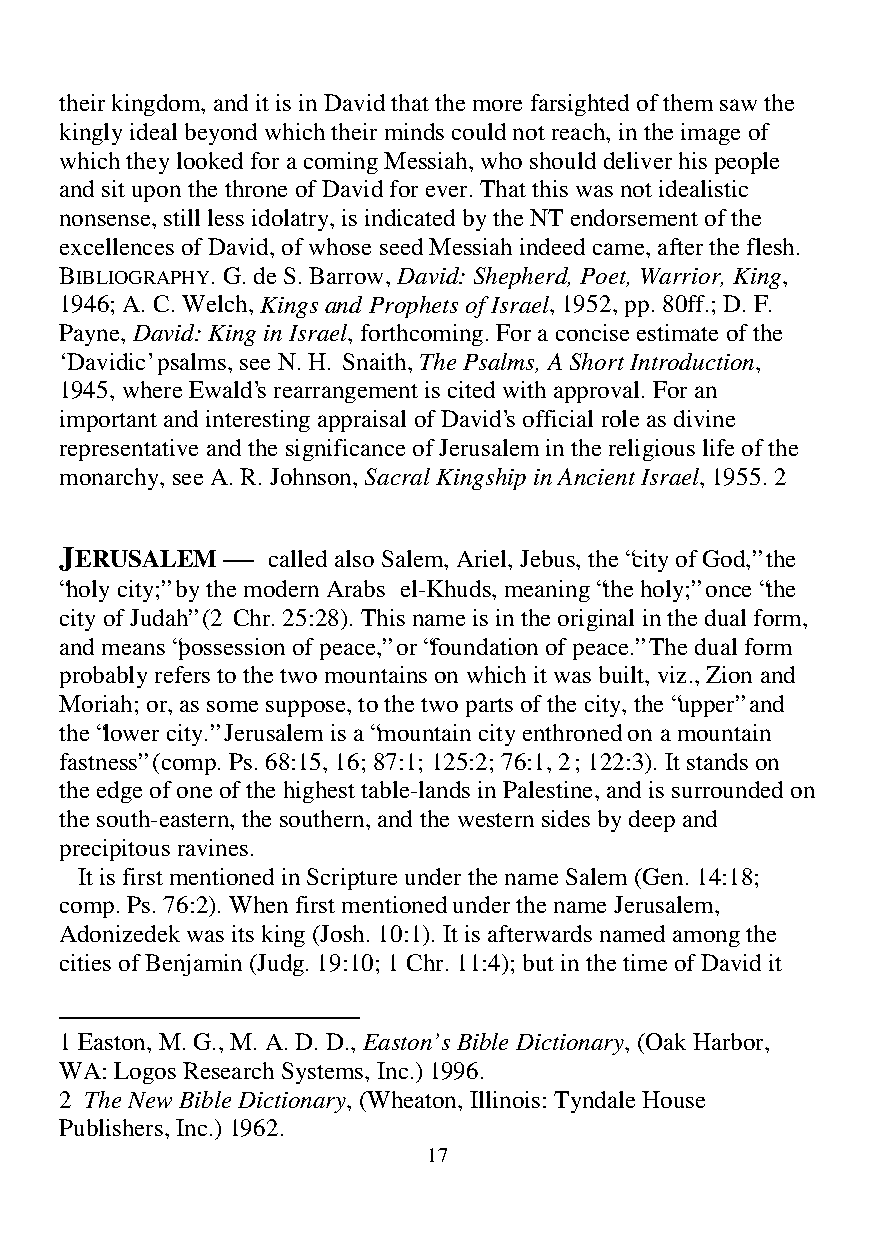
their kingdom, and it is in David that the more farsighted of them saw the
 kingly ideal beyond which their minds could not reach, in the image of
 which they looked for a coming Messiah, who should deliver his people
 and sit upon the throne of David for ever. That this was not idealistic
 nonsense, still less idolatry, is indicated by the NT endorsement of the
 excellences of David, of whose seed Messiah indeed came, after the flesh.
 BIBLIOGRAPHY. G. de S. Barrow, David: Shepherd, Poet, Warrior, King,
 1946; A. C. Welch, Kings and Prophets of Israel, 1952, pp. 80ff.; D. F.
 Payne, David: King in Israel, forthcoming. For a concise estimate of the
 ‘Davidic’ psalms, see N. H. Snaith, The Psalms, A Short Introduction,
 1945, where Ewald’s rearrangement is cited with approval. For an
 important and interesting appraisal of David’s official role as divine
 representative and the significance of Jerusalem in the religious life of the
 monarchy, see A. R. Johnson, Sacral Kingship in Ancient Israel, 1955. 2
 JERUSALEM  —  called also Salem, Ariel, Jebus, the “city of God,” the
 “holy city;” by the modern Arabs el-Khuds, meaning “the holy;” once “the
 city of Judah” (2 Chr. 25:28). This name is in the original in the dual form,
 and means “possession of peace,” or “foundation of peace.” The dual form
 probably refers to the two mountains on which it was built, viz., Zion and
 Moriah; or, as some suppose, to the two parts of the city, the “upper” and
 the “lower city.” Jerusalem is a “mountain city enthroned on a mountain
 fastness” (comp. Ps. 68:15, 16; 87:1; 125:2; 76:1, 2; 122:3). It stands on
 the edge of one of the highest table-lands in Palestine, and is surrounded on
 the south-eastern, the southern, and the western sides by deep and
 precipitous ravines.
 It is first mentioned in Scripture under the name Salem (Gen. 14:18;
 comp. Ps. 76:2). When first mentioned under the name Jerusalem,
 Adonizedek was its king (Josh. 10:1). It is afterwards named among the
 cities of Benjamin (Judg. 19:10; 1 Chr. 11:4); but in the time of David it
 1 Easton, M. G., M. A. D. D., Easton’s Bible Dictionary, (Oak Harbor,
 WA: Logos Research Systems, Inc.) 1996.
 2 The New Bible Dictionary, (Wheaton, Illinois: Tyndale House
 Publishers, Inc.) 1962.
 17